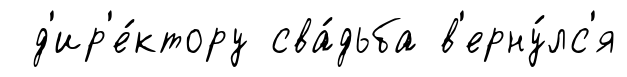
д'ир'е́ктору сва́дьба в'ерну́лс'я